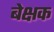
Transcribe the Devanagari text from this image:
बेक्षक